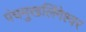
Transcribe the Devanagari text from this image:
पंचमुखलिंगेश्‍वर